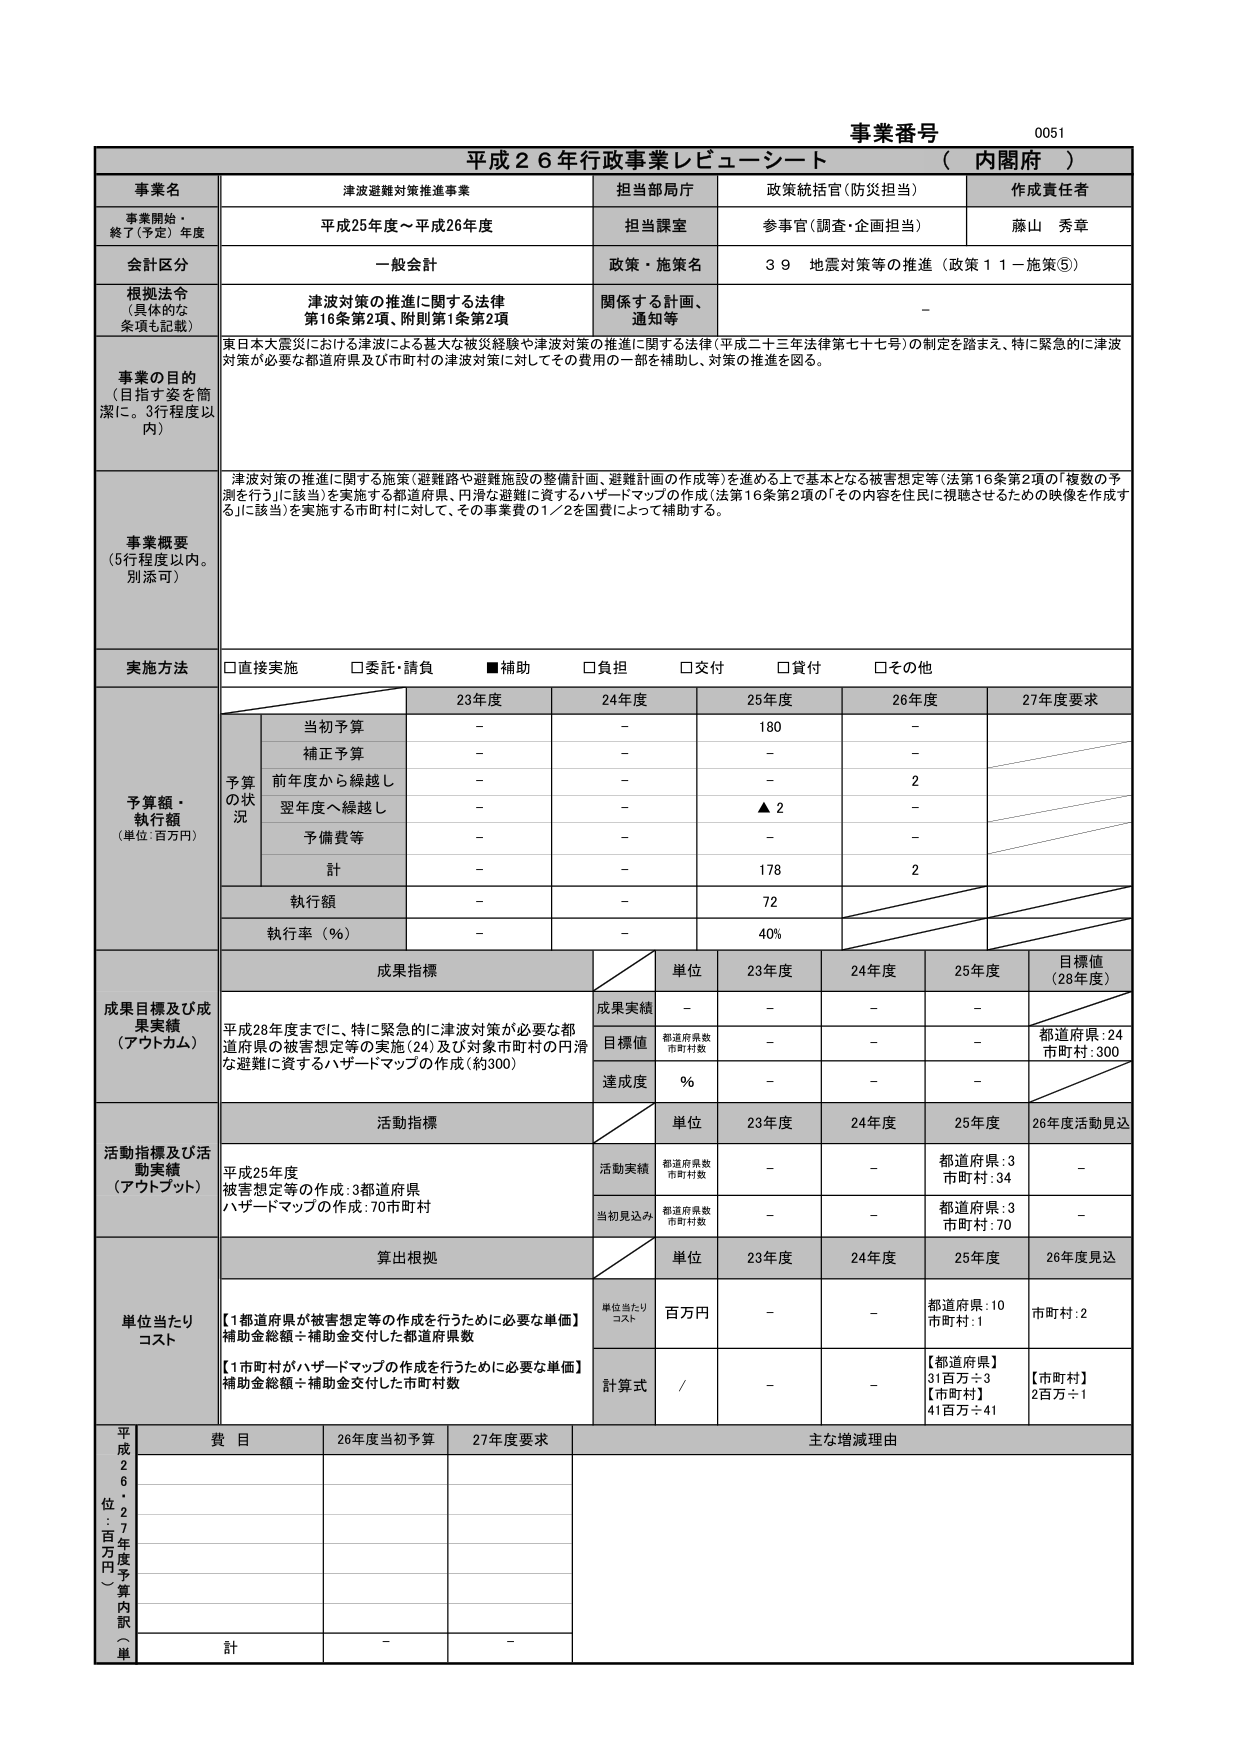
事業番号 0051
平成26年行政事業レビューシート （内閣府）

事業名 津波避難対策推進事業
担当部局庁 政策統括官（防災担当）
作成責任者 藤山 秀章
事業開始・終了（予定）年度 平成25年度～平成26年度
担当課室 参事官（調査・企画担当）

会計区分 一般会計
政策・施策名 39 地震対策等の推進（政策11－施策⑤）

根拠法令（具体的な条項も記載） 津波対策の推進に関する法律 第16条第2項、附則第1条第2項
関係する計画、通知等 －

事業の目的（目指す姿を簡潔に。3行程度以内）
東日本大震災における津波による甚大な被災経験や津波対策の推進に関する法律（平成二十三年法律第七十七号）の制定を踏まえ、特に緊急的に津波対策が必要な都道府県及び市町村の津波対策に対してその費用の一部を補助し、対策の推進を図る。

事業概要（5行程度以内。別添可）
津波対策の推進に関する施策（避難路や避難施設の整備計画、避難計画の作成等）を進める上で基本となる被害想定等（法第16条第2項の「複数の予測を行う」に該当）を実施する都道府県、円滑な避難に資するハザードマップの作成（法第16条第2項の「その内容を住民に視聴させるための映像を作成する」に該当）を実施する市町村に対して、その事業費の1／2を国費によって補助する。

実施方法 □直接実施 □委託・請負 ■補助 □負担 □交付 □貸付 □その他

予算額・執行額（単位：百万円）
予算の状況
23年度 24年度 25年度 26年度 27年度要求
当初予算 － － 180 －
補正予算 － － － －
前年度から繰越し － － － 2
翌年度へ繰越し － － ▲2 －
予備費等 － － － －
計 － － 178 2
執行額 － － 72
執行率（％） － － 40%

成果目標及び成果実績（アウトカム）
成果指標
単位 23年度 24年度 25年度 目標値（28年度）
成果実績 － － － －
目標値 都道府県数 市町村数 － － － 都道府県：24 市町村：300
達成度 ％ － － －

活動指標及び活動実績（アウトプット）
活動指標
単位 23年度 24年度 25年度 26年度活動見込
活動実績 都道府県数 市町村数 － － 都道府県：3 市町村：34 －
当初見込み 都道府県数 市町村数 － － 都道府県：3 市町村：70 －

単位当たりコスト
算出根拠
単位 23年度 24年度 25年度 26年度見込
単位当たりコスト 百万円 － － 都道府県：10 市町村：1 市町村：2
計算式 / － － 【都道府県】31百万÷3 【市町村】41百万÷41 【市町村】2百万÷1

平成26年度：27年度予算内訳（単位：百万円）
費目 26年度当初予算 27年度要求 主な増減理由
計 － －

【1都道府県が被害想定等の作成を行うために必要な単価】
補助金総額÷補助金交付した都道府県数
【1市町村がハザードマップの作成を行うために必要な単価】
補助金総額÷補助金交付した市町村数

平成28年度までに、特に緊急的に津波対策が必要な都道府県の被害想定等の実施（24）及び対象市町村の円滑な避難に資するハザードマップの作成（約300）
平成25年度
被害想定等の作成：3都道府県
ハザードマップの作成：70市町村